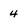
Character: 4